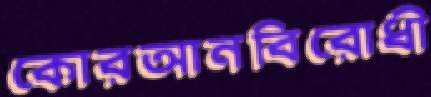
কোরআনবিরোধী